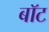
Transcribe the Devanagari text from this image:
बाॅट